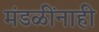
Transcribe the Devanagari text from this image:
मंडळींनाही